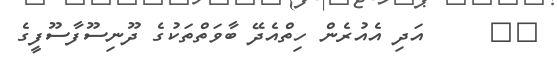
٢١     އަދި އެއުރެން ހިތްއެދޭ ބާވަތްތަކުގެ ދޫނިސޫފާސޫފީގެ